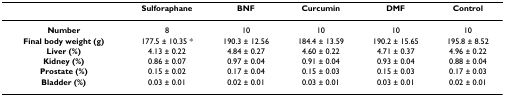
|  | Sulforaphane | BNF | Curcumin | DMF | Control |
 | --- | --- | --- | --- | --- | --- |
 | Number | 8 | 10 | 10 | 10 | 10 |
 | Final body weight (g) | 177.5 ± 10.35 * | 190.3 ± 12.56 | 184.4 ± 13.59 | 190.2 ± 15.65 | 195.8 ± 8.52 |
 | Liver (%) | 4.13 ± 0.22 | 4.84 ± 0.27 | 4.60 ± 0.22 | 4.71 ± 0.37 | 4.96 ± 0.22 |
 | Kidney (%) | 0.86 ± 0.07 | 0.97 ± 0.04 | 0.91 ± 0.04 | 0.93 ± 0.04 | 0.88 ± 0.04 |
 | Prostate (%) | 0.15 ± 0.02 | 0.17 ± 0.04 | 0.15 ± 0.03 | 0.15 ± 0.03 | 0.17 ± 0.03 |
 | Bladder (%) | 0.03 ± 0.01 | 0.02 ± 0.01 | 0.03 ± 0.01 | 0.03 ± 0.01 | 0.02 ± 0.01 |